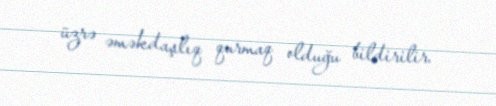
üzrə əməkdaşlıq qurmaq olduğu bildirilir.